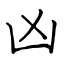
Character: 凶